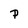
Character: P